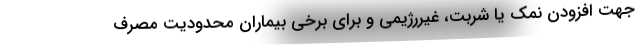
جهت افزودن نمک یا شربت، غیررژیمی و برای برخی بیماران محدودیت مصرف